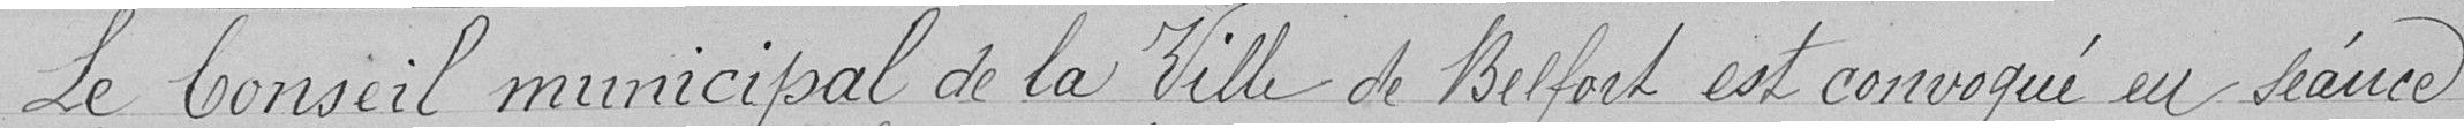
Le Conseil Municipal de la Ville de Belfort est convoqué en séance